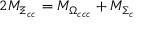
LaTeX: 2 M _ { \Xi _ { c c } } = M _ { \Omega _ { c c c } } + M _ { \Sigma _ { c } }